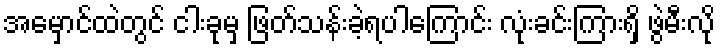
အမှောင်ထဲတွင် ငါးခုမှ ဖြတ်သန်းခဲ့ရပါကြောင်း လုံးခင်းကြားရှိ ဖွဲမီးလို